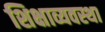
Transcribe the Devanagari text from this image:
शिक्षाव्यवस्था